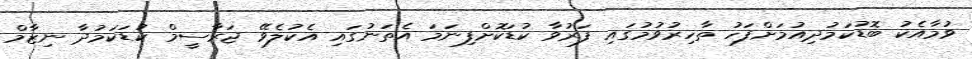
ވުމާއެކު ބޮޑުކަމުދިއުމަށްފަހު ތާހިރުވުމުގައި ފަރުވާ ކުޑަކޮށްފިނަމަ އެތަނުގައި އެކުލެވޭ ޖަރާސީމް ކުޑަކަމުދާ ނިޒާމް